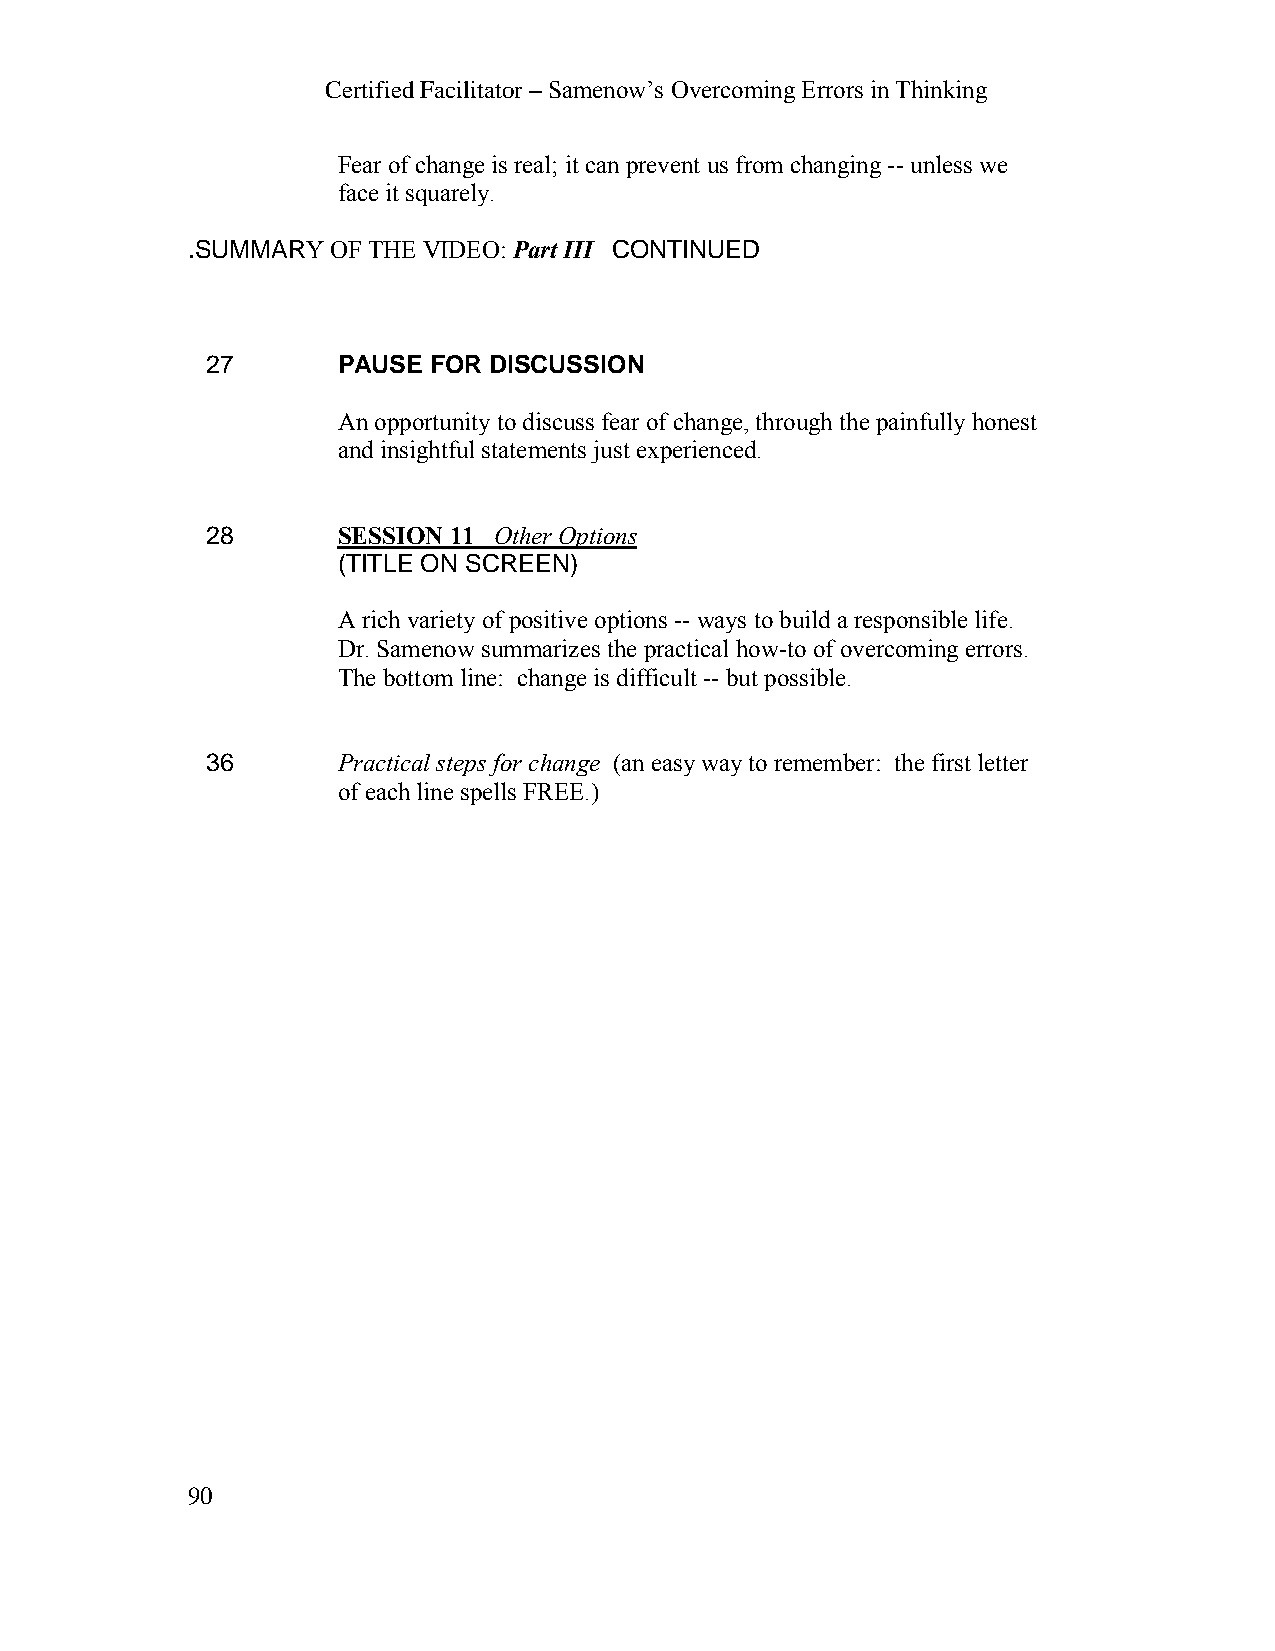
Certified Facilitator – Samenow’s Overcoming Errors in Thinking
 Fear of change is real; it can prevent us from changing -- unless we
 face it squarely.
 .SUMMARY  OF THE VIDEO: Part III CONTINUED
 27      PAUSE FOR DISCUSSION
 An opportunity to discuss fear of change, through the painfully honest
 and insightful statements just experienced.
 28      SESSION 11 Other Options
 (TITLE ON SCREEN)
 A rich variety of positive options -- ways to build a responsible life.
 Dr. Samenow summarizes the practical how-to of overcoming errors.
 The bottom line: change is difficult -- but possible.
 36      Practical steps for change (an easy way to remember: the first letter
 of each line spells FREE.)
 90